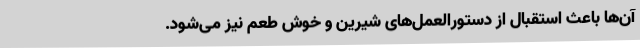
آن‌ها باعث استقبال از دستورالعمل‌های شیرین و خوش طعم نیز می‌شود.